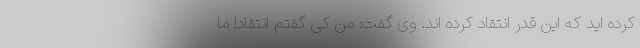
کرده اید که این قدر انتقاد کرده اند. وی گفت: من کی گفتم انتقاد! ما